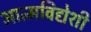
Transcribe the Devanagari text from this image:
आत्मविद्येशी